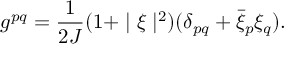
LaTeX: g ^ { p q } = \frac { 1 } { 2 J } ( 1 + \mid \xi \mid ^ { 2 } ) ( \delta _ { p q } + { \bar { \xi } } _ { p } \xi _ { q } ) .